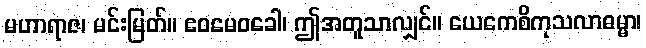
မဟာရာဇ၊ မင်းမြတ်။ ဧဝမေဝခေါ၊ ဤအတူသာလျှင်။ ယေကေစိကုသလာဓမ္မာ၊